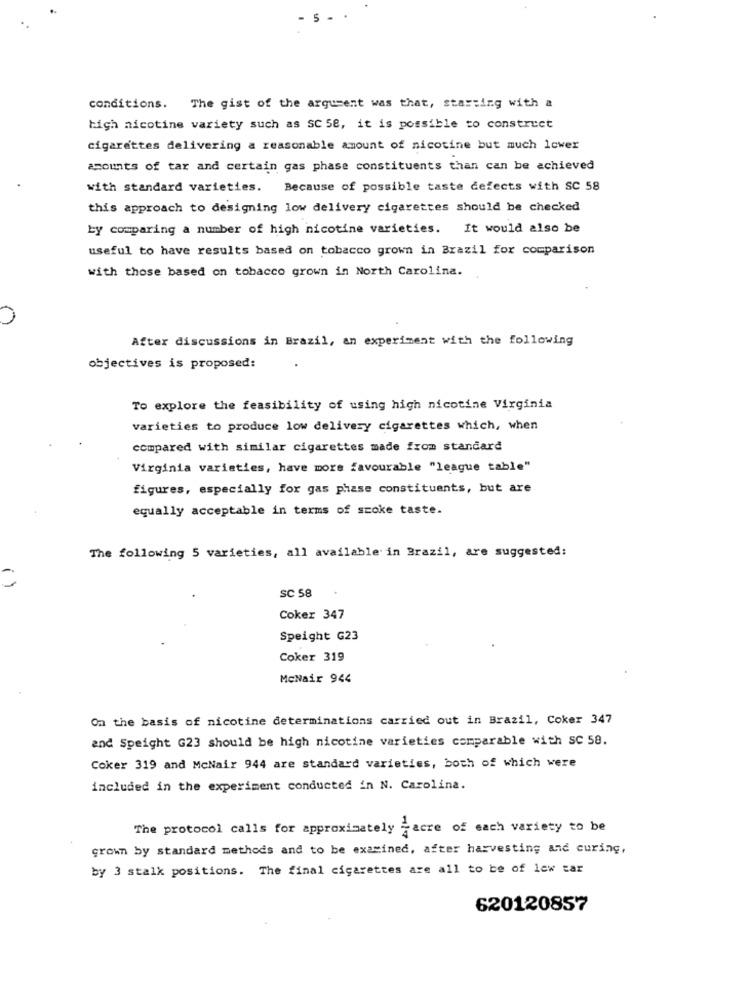
5
conditions. The gist of the argument was that, starting with a
high nicotine variety such as SC 58, it is possible to construct
cigarettes delivering a reasonable amount of nicotine but much lower
amounts of tar and certain gas phase constituents than can be achieved
with standard varieties. Because of possible taste defects with SC 58
this approach to designing low delivery cigarettes should be checked
by comparing a number of high nicotine varieties. It would also be
useful to have results based on tobacco grown in Brazil for comparison
with those based on tobacco grown in North Carolina.
After discussions in Brazil, an experiment with the following
objectives is proposed:
To explore the feasibility of using high nicotine Virginia
varieties to produce low delivery cigarettes which, when
compared with similar cigarettes made from standard
Virginia varieties, have more favourable "league table"
figures, especially for gas phase constituents, but are
equally acceptable in terms of smoke taste.
The following 5 varieties, all available in Brazil, are suggested:
()
SC 58
Coker 347
Speight G23
Coker 319
McNair 944
On the basis of nicotine determinations carried out in Brazil, Coker 347
and Speight G23 should be high nicotine varieties comparable with SC 58.
Coker 319 and McNair 944 are standard varieties, both of which were
included in the experiment conducted in N. Carolina.
The protocol calls for approximately -acre of each variety to be
grown by standard methods and to be examined, after harvesting and curing,
by 3 stalk positions. The final cigarettes are all to be of lew car
620120857